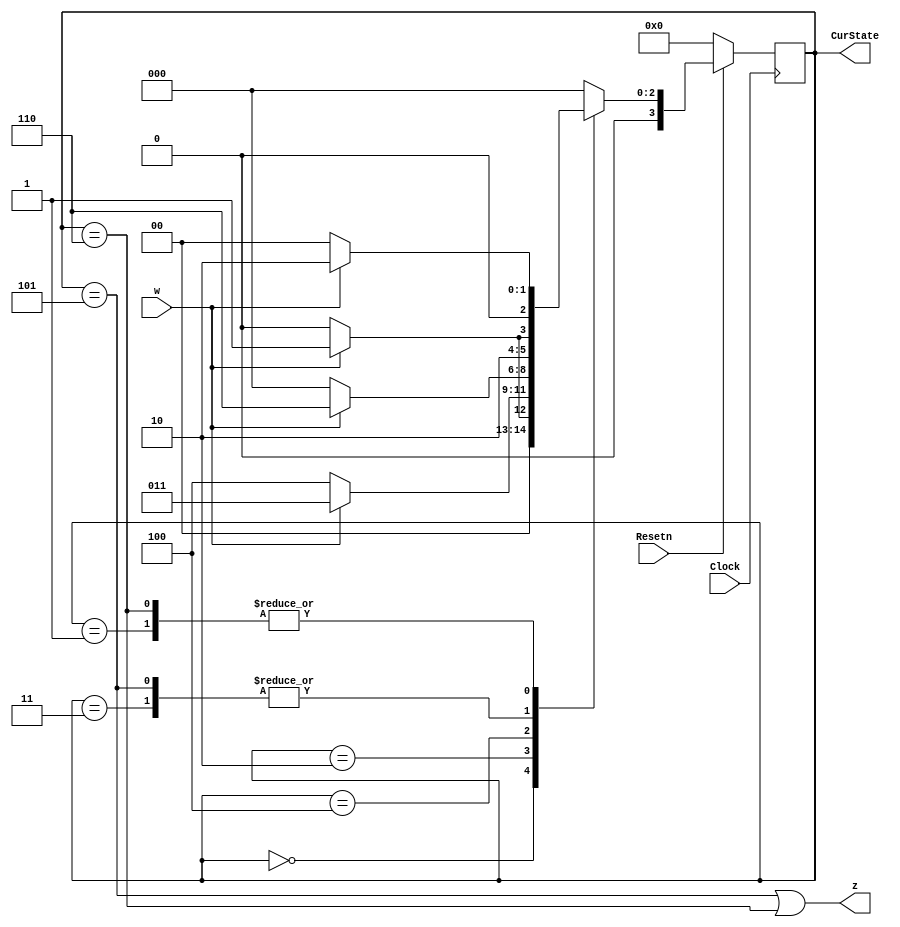
// Resetn synchronous reset when 0
// w input to detector
// z is output from detector
// Clock clock signal
// CurState outputs current state

module part1(Clock, Resetn, w, z, CurState);
    input Clock;
    input Resetn;
    input w;
    output z;
    output [3:0] CurState;
    
    reg [3:0] y_Q, Y_D; // y_Q: current state, Y_D: next state
    
    localparam A = 4'b0000, B = 4'b0001, C=4'b0010, D = 4'b0011, E = 4'b0100, F = 4'b0101, G = 4'b0110;
    
    // State Table
    always@(*)
    begin: state_table
        case(y_Q)
            A: begin 
                if (!w) Y_D = A;
                else Y_D = B;
            end
            
            B: begin
                if (!w) Y_D = A;
                else Y_D = C;
            end
                
            C: begin
                if (!w) Y_D = E;
                else Y_D = D;
            end
                
            D: begin
                if (!w) Y_D = E;
                else Y_D = F;
            end
            
            E: begin
                if (!w) Y_D = A;
                else Y_D = G;
            end
                
            F: begin
                if (!w) Y_D = E;
                else Y_D = F;
            end
            
            G: begin
                if (!w) Y_D = A;
                else Y_D = C;
            end
                
            default: Y_D = A;
        endcase
    end

    // State Registers
    always @(posedge Clock)
    begin: state_FFs
        if(Resetn == 1'b0)
            y_Q <=  A; // Should set reset state to state A
        else
            y_Q <= Y_D;
    end // state_FFS

    // Output logic
    // Set z to 1 when in relevant states
    assign z = ((y_Q == F) | (y_Q == G));
    assign CurState = y_Q;
endmodule